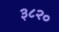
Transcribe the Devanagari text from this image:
३८२०